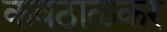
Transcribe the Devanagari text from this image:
कवठाळकर